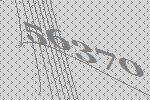
56370